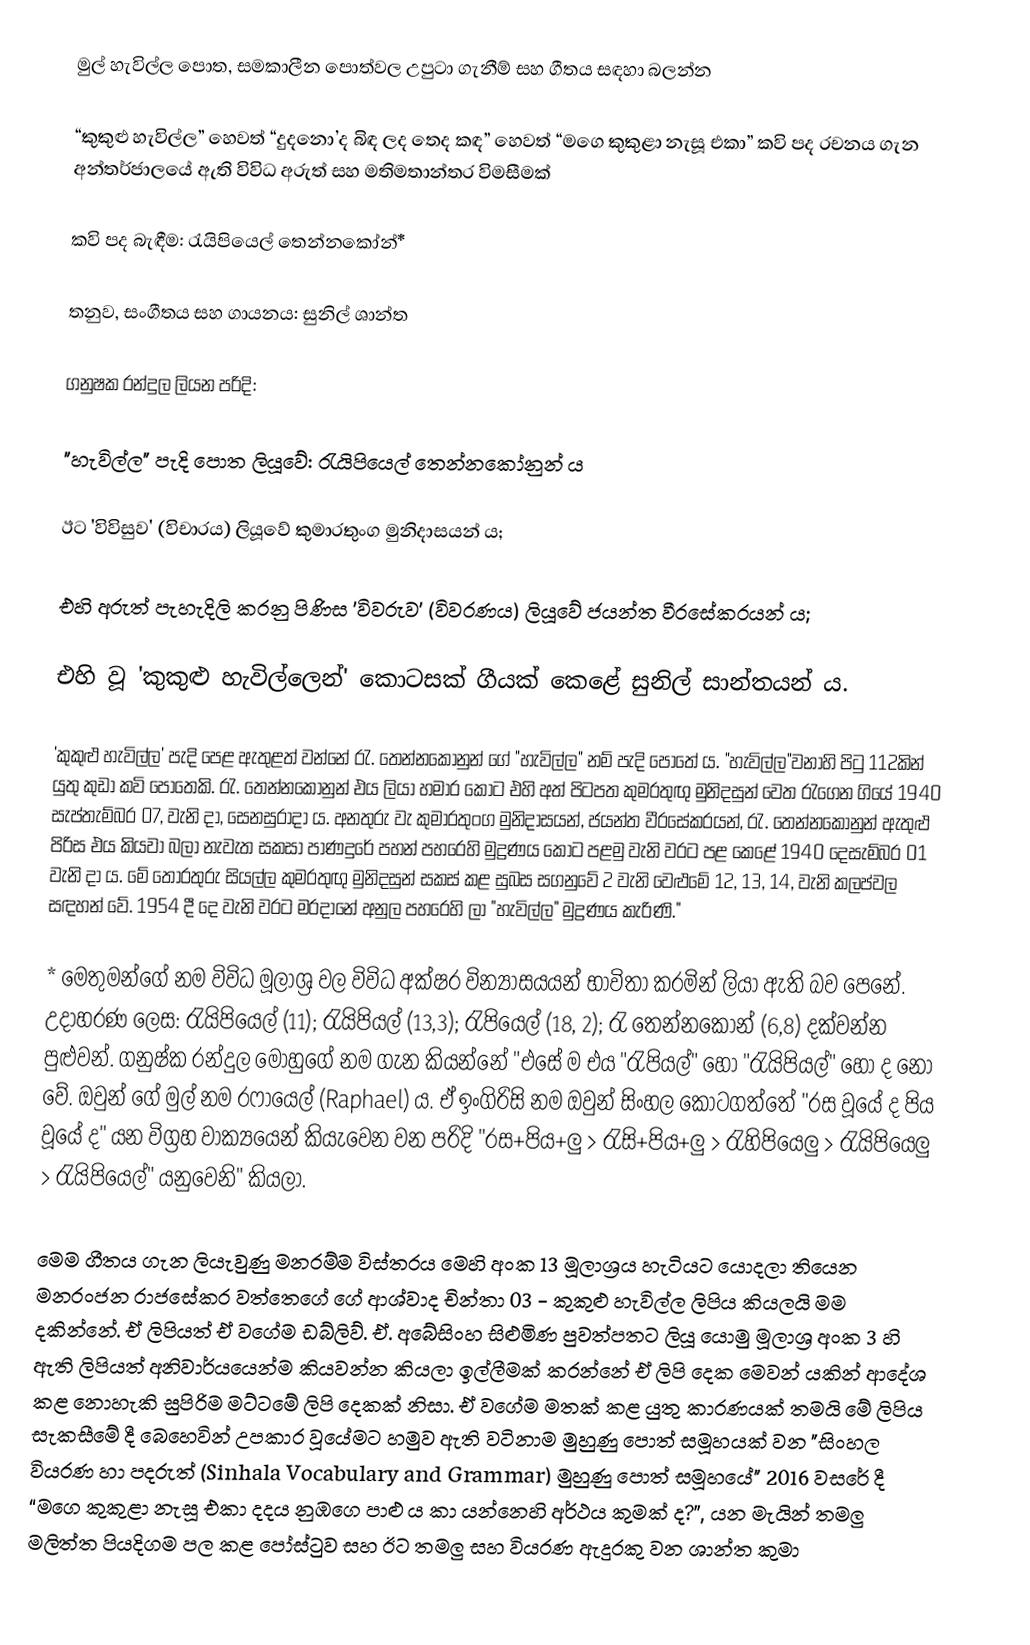
මුල් හැවිල්ල පොත, සමකාලීන පොත්වල උපුටා ගැනීම් සහ ගීතය සඳහා බලන්න

“කුකුළු හැවිල්ල” හෙවත් “දුදනො’ද බිඳ ලද තෙද කඳ” හෙවත් “මගෙ කුකුළා නැසූ එකා” කවි පද රචනය ගැන අන්තර්ජාලයේ ඇති විවිධ අරුත් සහ මතිමතාන්තර විමසීමක්

කවි පද බැඳීම: රැයිපියෙල් තෙන්නකෝන්*

තනුව, සංගීතය සහ ගායනය: සුනිල් ශාන්ත

ගනුෂක රන්දුල ලියන පරිදි:

"හැවිල්ල" පැදි පොත ලියූවේ: රැයිපියෙල් තෙන්නකෝනුන් ය

ඊට 'විවිසුව' (විචාරය) ලියූවේ කුමාරතුංග මුනිදාසයන් ය;

එහි අරුත් පැහැදිලි කරනු පිණිස 'විවරුව' (විවරණය) ලියූවේ ජයන්ත වීරසේකරයන් ය;

එහි වූ 'කුකුළු හැවිල්ලෙන්' කොටසක් ගීයක් කෙළේ සුනිල් සාන්තයන් ය.

'කුකුළු හැවිල්ල' පැදි පෙළ ඇතුළත් වන්නේ රැ. තෙන්නකෝනුන් ගේ "හැවිල්ල" නම් පැදි පොතේ ය. "හැවිල්ල"වනාහි පිටු 112කින් යුතු කුඩා කවි පොතෙකි. රැ. තෙන්නකෝනුන් එය ලියා හමාර කොට එහි අත් පිටපත කුමරතුඟු මුනිදසුන් වෙත රැගෙන ගියේ 1940 සැප්තැම්බර 07, වැනි දා, සෙනසුරාදා ය. අනතුරු වැ කුමාරතුංග මුනිදාසයන්, ජයන්ත වීරසේකරයන්, රැ. තෙන්නකෝනුන් ඇතුළු පිරිස එය කියවා බලා නැවැත සකසා පාණදුරේ පහන් පහරෙහි  මුද්‍රණය කොට පළමු වැනි වරට පළ කෙළේ 1940 දෙසැම්බර 01 වැනි දා ය. මේ තොරතුරු සියල්ල කුමරතුඟු මුනිදසුන් සකස් කළ සුබස සගනුවේ 2 වැනි වෙළුමේ 12, 13, 14, වැනි කලප්වල සඳහන් වේ. 1954 දී දෙ වැනි වරට මරදානේ අනුල පහරෙහි ලා "හැවිල්ල"  මුද්‍රණය කැරිණි."

* මෙතුමන්ගේ නම විවිධ මූලාශ්‍ර වල විවිධ අක්ෂර වින්‍යාසයයන් භාවිතා කරමින් ලියා ඇති බව පෙනේ. උදාහරණ ලෙස: රැයිපියෙල් (11); රැයිපියල් (13,3); රැපියෙල් (18, 2); රැ තෙන්නකෝන් (6,8) දක්වන්න පුළුවන්. ගනුෂ්ක රන්දුල මොහුගේ නම ගැන කියන්නේ "එසේ ම එය "රැපියල්" හෝ "රැයිපියල්" හෝ ද නො වේ.  ඔවුන් ගේ මුල් නම රෆායෙල් (Raphael) ය. ඒ ඉංගිරිසි නම ඔවුන් සිංහල කොටගත්තේ "රස වූයේ ද පිය වූයේ ද"  යන විග්‍රහ වාක්‍යයෙන් කියැවෙන වන පරිදි "රස+පිය+ලු > රැසි+පිය+ලු > රැහිපියෙලු > රැයිපියෙලු > රැයිපියෙල්" යනුවෙනි" කියලා.

මෙම ගීතය ගැන ලියැවුණු මනරම්ම විස්තරය මෙහි අංක 13 මූලාශ්‍රය හැටියට යොදලා තියෙන මනරංජන රාජසේකර වත්තෙගේ ගේ ආශ්වාද චින්තා 03 - කුකුළු හැවිල්ල ලිපිය කියලයි මම දකින්නේ. ඒ ලිපියත් ඒ වගේම ඩබ්ලිව්. ඒ. අබේසිංහ සිළුමිණ පුවත්පතට ලියූ යොමු මූලාශ්‍ර අංක 3 හි ඇති ලිපියත් අනිවාර්යයෙන්ම කියවන්න කියලා ඉල්ලීමක් කරන්නේ ඒ ලිපි දෙක මෙවන් යකින් ආදේශ කළ නොහැකි සුපිරිම මට්ටමේ ලිපි දෙකක් නිසා. ඒ වගේම මතක් කළ යුතු කාරණයක් තමයි මේ ලිපිය සැකසීමේ දී බෙහෙවින් උපකාර වූයේමට හමුව ඇති වටිනාම මුහුණු පොත් සමූහයක් වන "සිංහල වියරණ හා පදරුත් (Sinhala Vocabulary and Grammar) මුහුණු පොත් සමූහයේ" 2016 වසරේ දී “මගෙ කුකුළා නැසූ එකා දදය නුඹගෙ පාළු ය කා යන්නෙහි අර්ථය කුමක් ද?”, යන මැයින් තමලු මලිත්ත පියදිගම පල කළ පෝස්ටුව සහ ඊට තමලු සහ වියරණ ඇදුරකු වන ශාන්ත කුමා